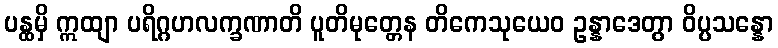
ပန္ထမှိ ဣထျာ ပရိဂ္ဂဟလက္ခဏာတိ ပူတိမုတ္တေန တိကေသုယေဝ ဥန္နာဒေတွာ ဝိပ္ပသန္နော